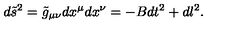
d \tilde { s } ^ { 2 } = \tilde { g } _ { \mu \nu } d x ^ { \mu } d x ^ { \nu } = - B d t ^ { 2 } + d l ^ { 2 } .